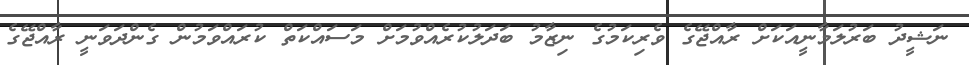
ނަޝީދު ބަރުލަމާނީއަކަށް ރާއްޖޭގެ ވެރިކަމުގެ ނިޒާމު ބަދަލުކުރެއްވުމަށް މަސައްކަތް ކުރައްވަމުން ގެންދަވަނީ ރާއްޖޭގެ